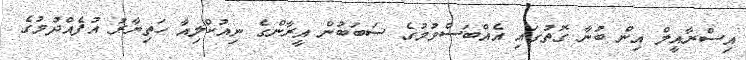
އިސްރާއީލް އިން ބުނާ ގޮތުގައި އެއްބަސްވުމުގެ ސަބަބުން އީރާންގެ ނިއުކްލިއާ ހަތިޔާރު އުފެއްދުމުގެ